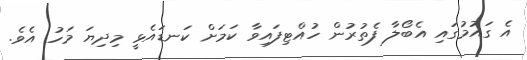
އެ ގައުމުގައި އެބޯލާ ފެތުރުން ހުއްޓިފައިވާ ކަމަށް ކަނޑައެޅީ މިދިޔަ މަހު އެވެ.